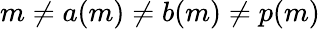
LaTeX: m\neq a(m)\neq b(m)\neq p(m)